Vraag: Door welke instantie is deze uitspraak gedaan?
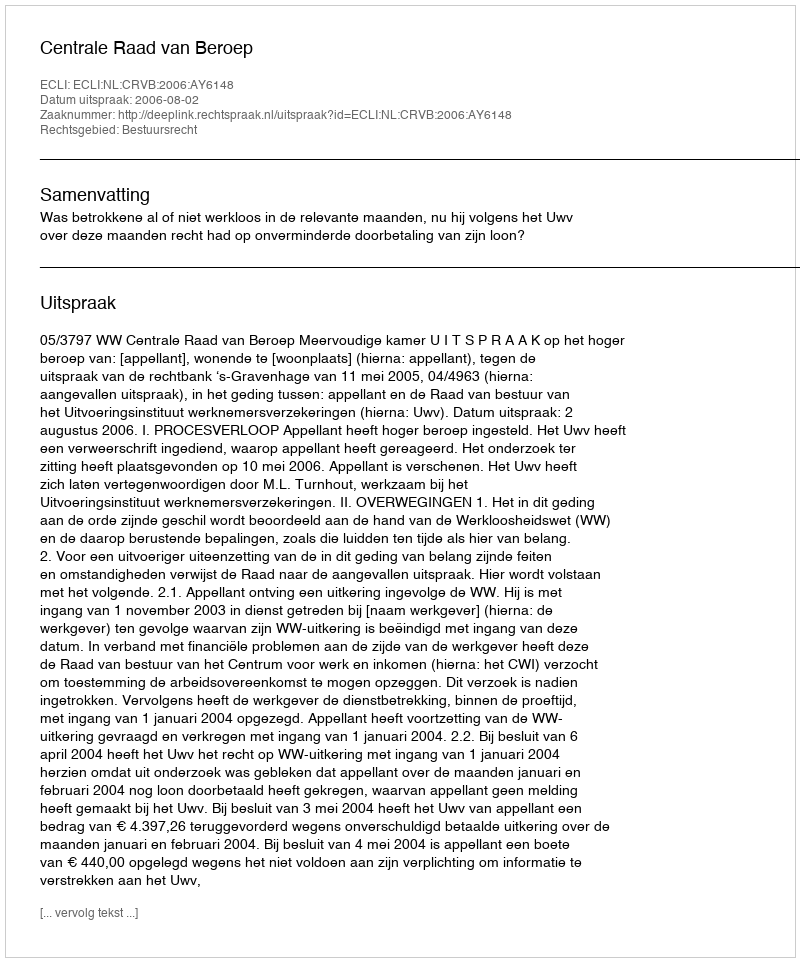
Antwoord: Centrale Raad van Beroep